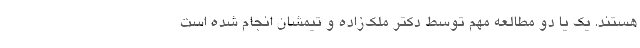
هستند. یک یا دو مطالعه مهم توسط دکتر ملک‌زاده و تیمشان انجام شده است